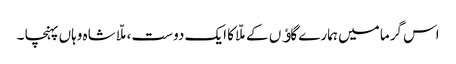
اس گرما میں ہمارے گاﺅں کے ملّا کا ایک دوست ،ملّا شاہ وہاں پہنچا ۔